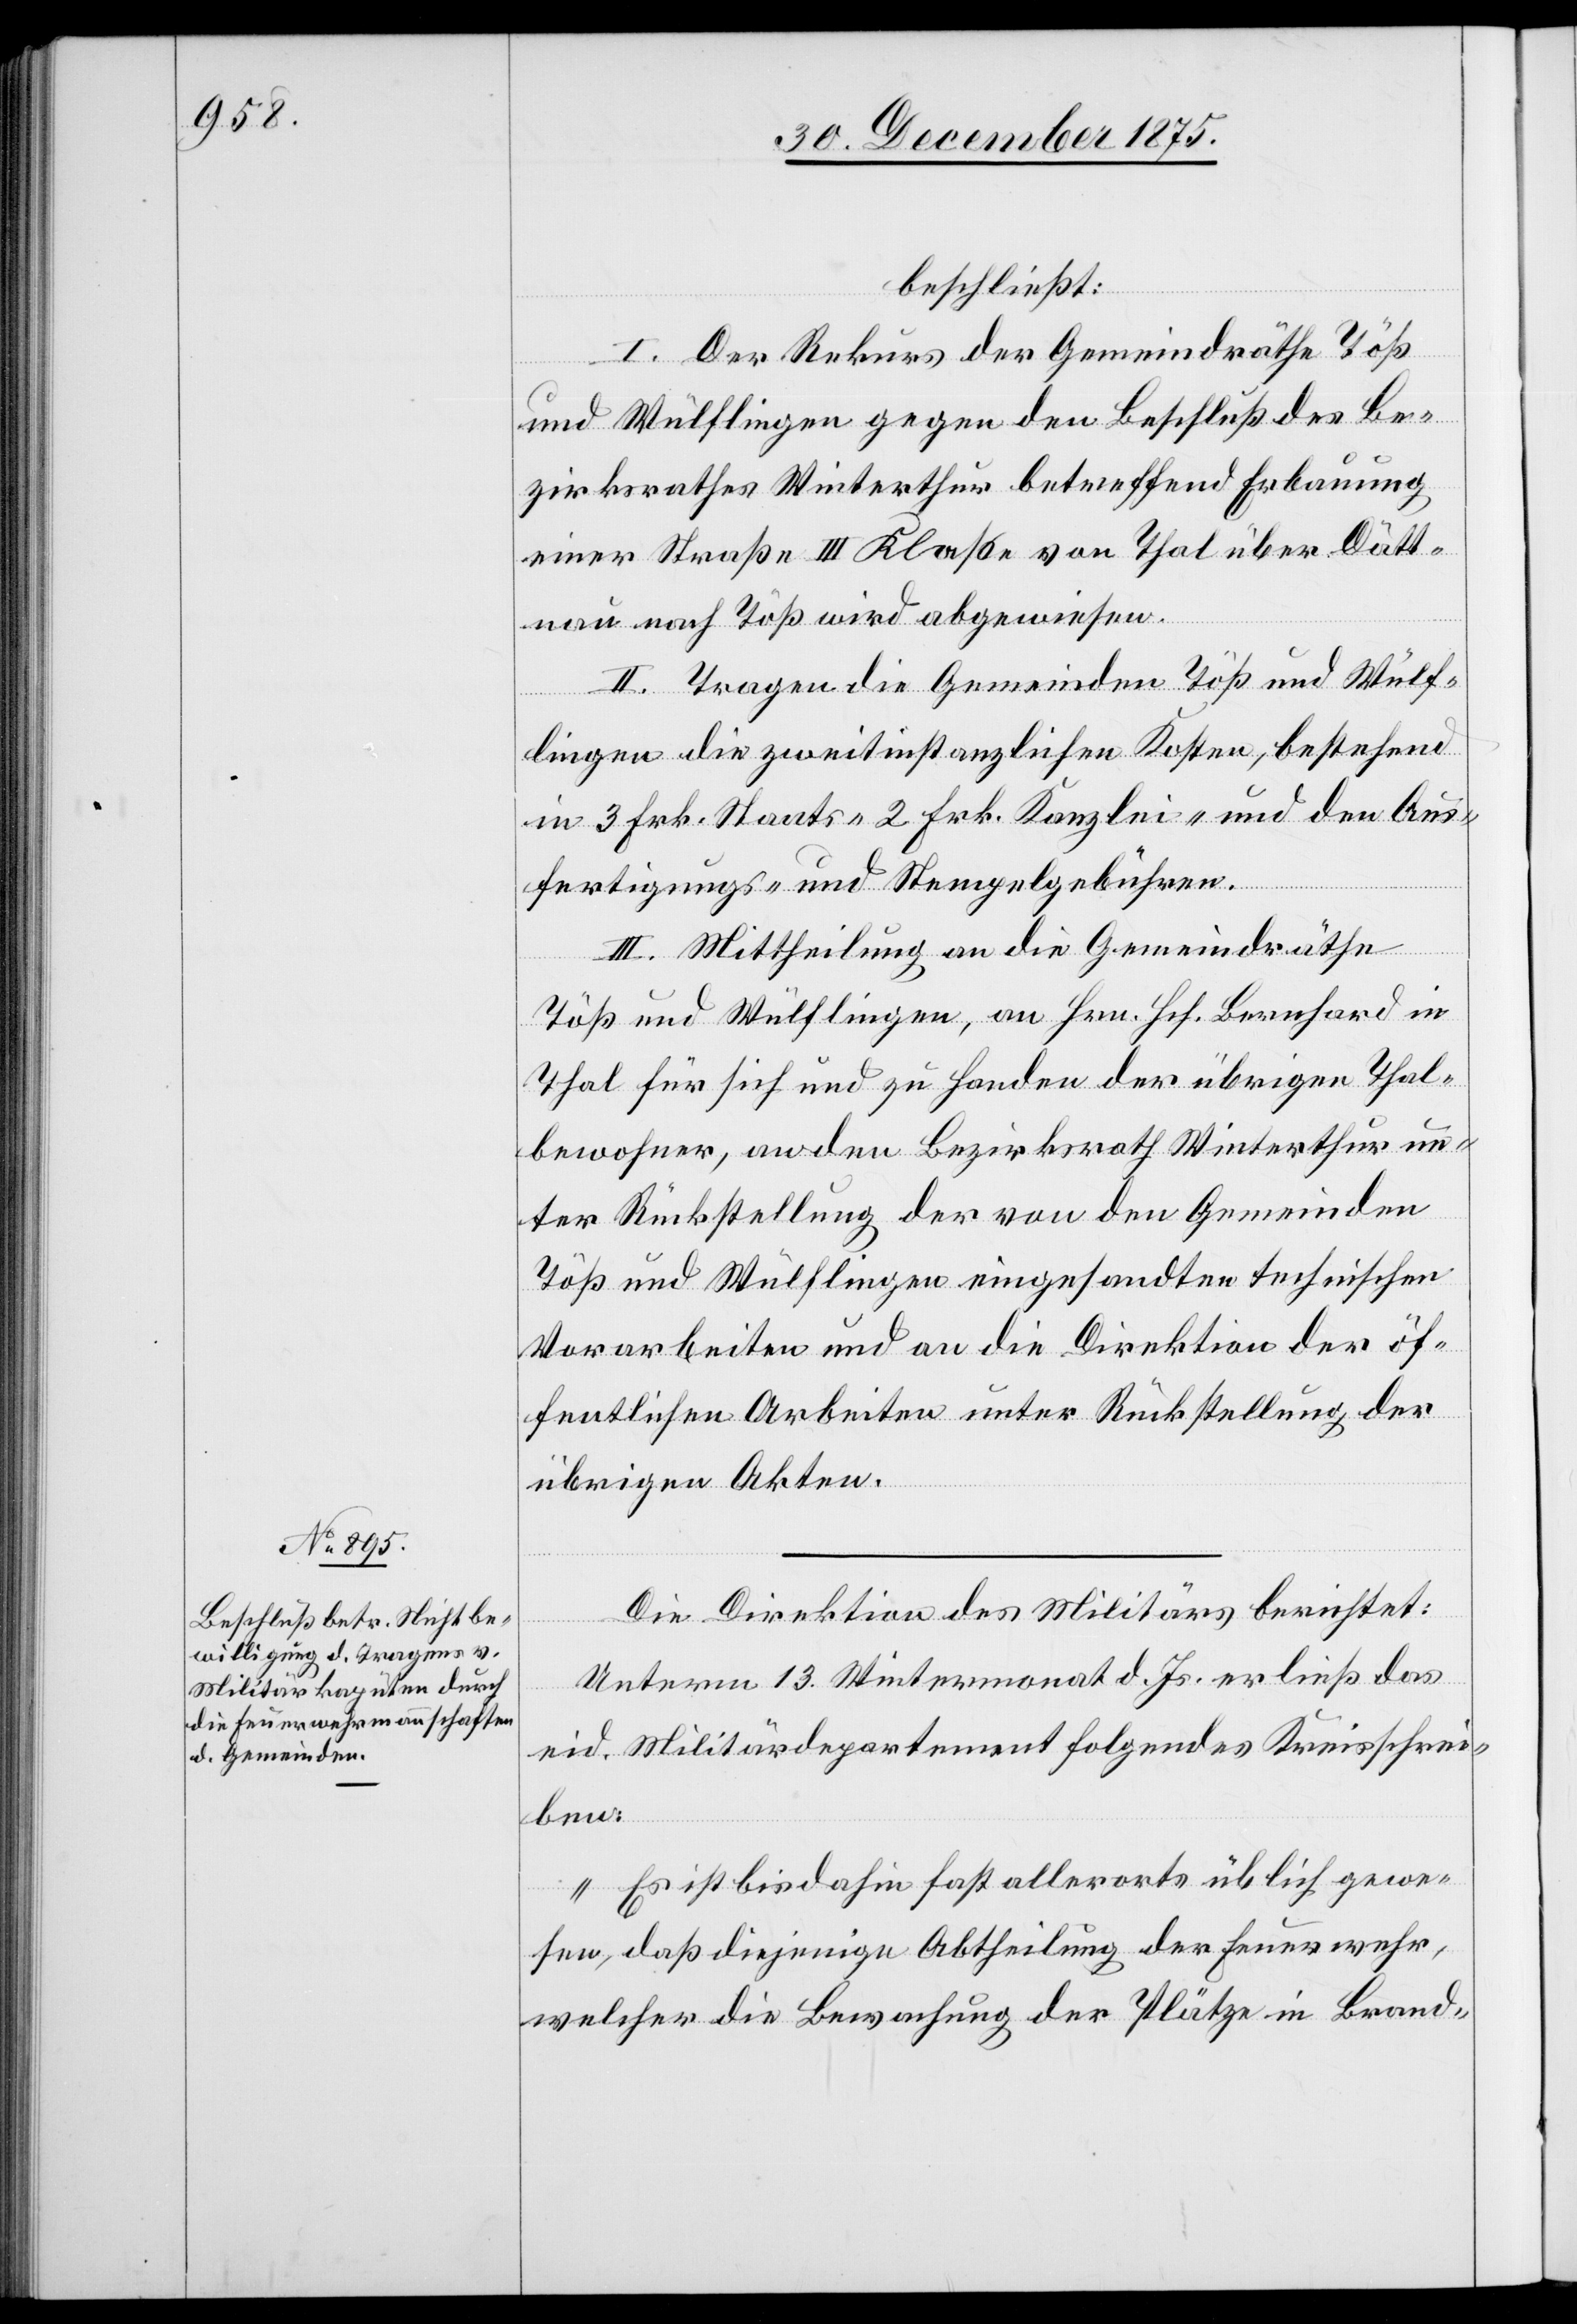
beschließt:
I. Der Rekurs der Gemeindräthe Töß
und Wülflingen gegen den Beschluß des Be¬
zirksrathes Winterthur betreffend Erbauung
einer Straße III. Klaße von Thal über Dätt¬
nau nach Töß wird abgewiesen.
II. Tragen die Gemeinden Töß und Wülf¬
lingen die zweitinstanzlichen Kosten, bestehend
in 3. Frk. Staats-[,] 2. Frk. Kanzlei- und den Aus¬
fertigungs- und Stempelgebühren.
III. Mittheilung an die Gemeindräthe
Töß und Wülflingen, an Hrn. Hch. Bernhard in
Thal für sich und zu Handen der übrigen Thal¬
bewohner, an den Bezirksrath Winterthur un¬
ter Rückstellung der von den Gemeinden
Töß und Wülflingen eingesandten technischen
Vorarbeiten und an die Direktion der öf¬
fentlichen Arbeiten unter Rückstellung der
übrigen Akten.
Die Direktion des Militärs berichtet:
Unterm 13. Wintermonat d. Js. erließ das
eid. Militärdepartement folgendes Kreisschrei¬
ben:
„Es ist bis anhin fast allerorts üblich gewe¬
sen, daß diejenige Abtheilung der Feuerwehr,
welcher die Bewachung der Plätze in Brand-